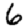
Digit: 6